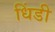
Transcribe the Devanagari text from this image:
धिंडी